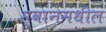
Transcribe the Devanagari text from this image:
स्वानमधील